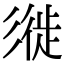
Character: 𢒩